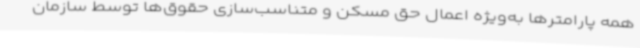
همه پارامترها به‌ویژه اعمال حق مسکن و متناسب‌سازی حقوق‌ها توسط سازمان